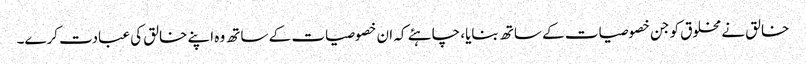
خالق نے مخلوق کو جن خصوصیات کے ساتھ بنایا، چاہئے کہ ان خصوصیات کے ساتھ وہ اپنے خالق کی عبادت کرے۔